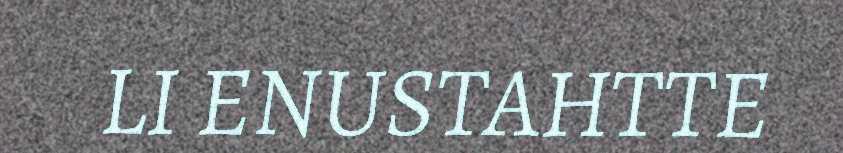
LI ENUSTAHTTE